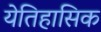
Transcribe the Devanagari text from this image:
येतिहासिक